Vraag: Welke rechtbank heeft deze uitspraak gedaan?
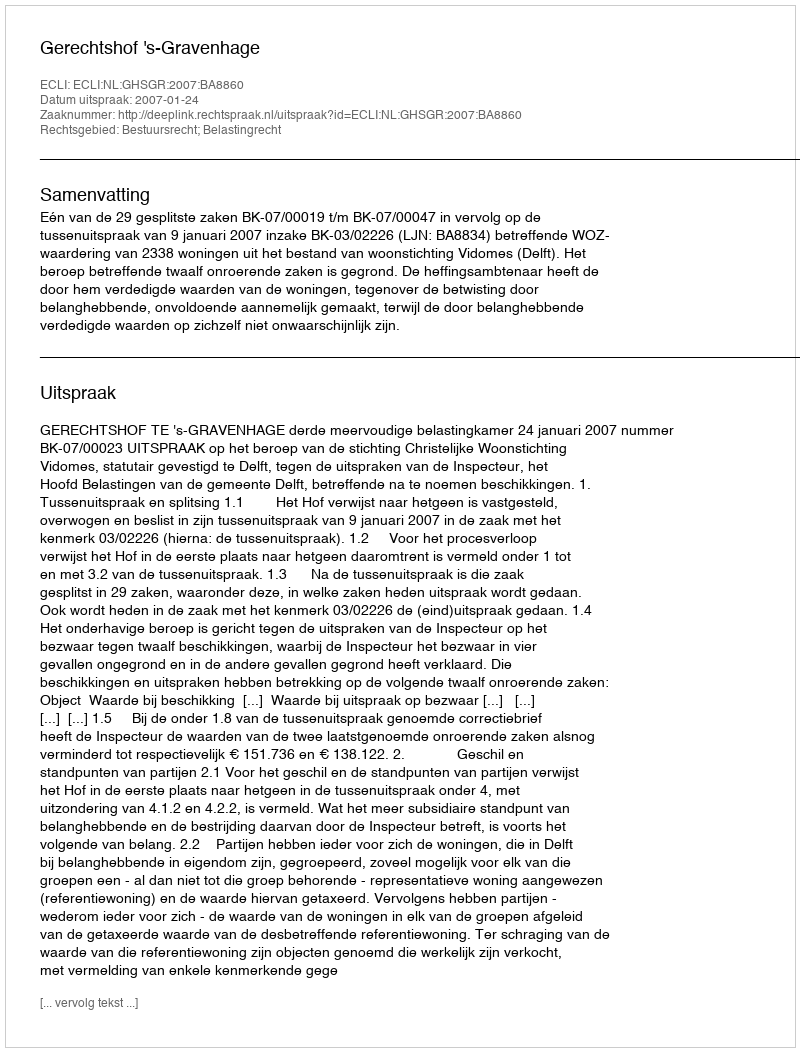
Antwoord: Gerechtshof 's-Gravenhage